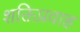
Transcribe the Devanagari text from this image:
शक्तिप्रवाह